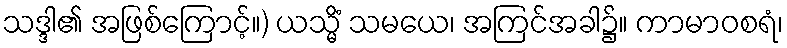
သဒ္ဒါ၏ အဖြစ်ကြောင့်။) ယသ္မိံ သမယေ၊ အကြင်အခါ၌။ ကာမာဝစရံ၊